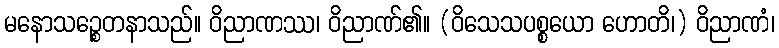
မနောသဉ္စေတနာသည်။ ဝိညာဏဿ၊ ဝိညာဏ်၏။ (ဝိသေသပစ္စယော ဟောတိ၊) ဝိညာဏံ၊